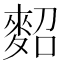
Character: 𪌕